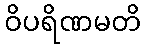
ဝိပရိဏမတိ